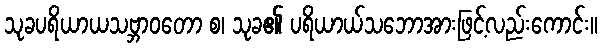
သုခပရိယာယသဗ္ဘာဝတော စ၊ သုခ၏ ပရိယာယ်သဘောအားဖြင့်လည်းကောင်း။